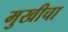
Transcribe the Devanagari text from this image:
मुखीचा